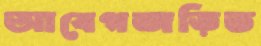
আবেগজড়িত